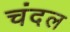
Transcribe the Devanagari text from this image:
चंदल